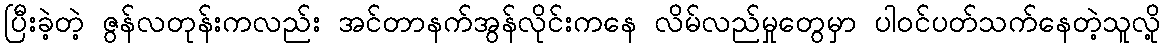
ပြီးခဲ့တဲ့ ဇွန်လတုန်းကလည်း အင်တာနက်အွန်လိုင်းကနေ လိမ်လည်မှုတွေမှာ ပါဝင်ပတ်သက်နေတဲ့သူလို့